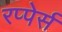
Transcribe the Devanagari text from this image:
रप्पेर्स